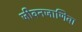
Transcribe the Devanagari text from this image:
जीवनजाणिवा